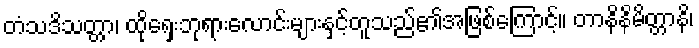
တံသဒိသတ္တာ၊ ထိုရှေးဘုရားလောင်းများနှင့်တူသည်၏အဖြစ်ကြောင့်။ တာနိနိမိတ္တာနိ၊